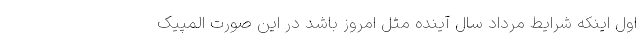
اول اینکه شرایط مرداد سال آینده مثل امروز باشد در این صورت المپیک